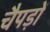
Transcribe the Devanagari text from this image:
चैपड़ों